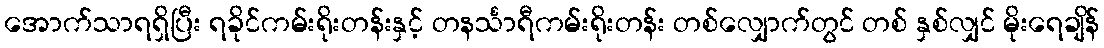
အောက်သာရရှိပြီး ရခိုင်ကမ်းရိုးတန်းနှင့် တနင်္သာရီကမ်းရိုးတန်း တစ်လျှောက်တွင် တစ် နှစ်လျှင် မိုးရေချိန်